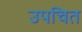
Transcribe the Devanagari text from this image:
उपचित